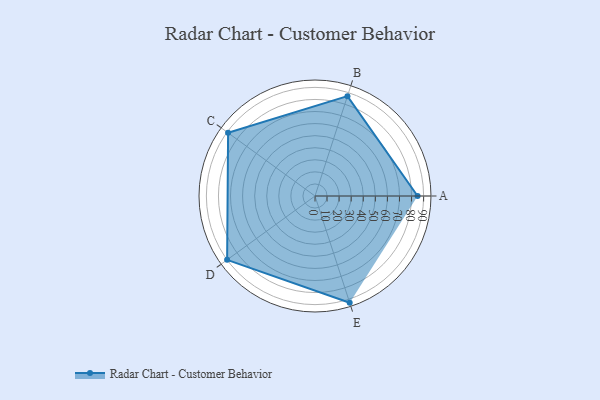
{"axis": {"x": "Skill", "y": "Score"}, "legend": ["Profile"], "data": [{"x": "A", "y": 85.0, "type": "Profile"}, {"x": "B", "y": 87.0, "type": "Profile"}, {"x": "C", "y": 89.0, "type": "Profile"}, {"x": "D", "y": 90.0, "type": "Profile"}, {"x": "E", "y": 93.0, "type": "Profile"}]}